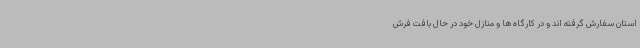
استان سفارش گرفته اند و در کارگاه ها و منازل خود در حال بافت فرش